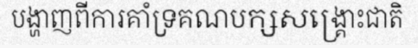
បង្ហាញពីការគាំទ្រគណបក្សសង្គ្រោះជាតិ